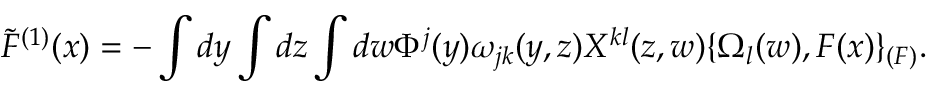
\widetilde { \cal F } ^ { ( 1 ) } ( x ) = - \int d y \int d z \int d w \Phi ^ { j } ( y ) \omega _ { j k } ( y , z ) X ^ { k l } ( z , w ) \{ \Omega _ { l } ( w ) , { \cal F } ( x ) \} _ { ( { \cal F } ) } .